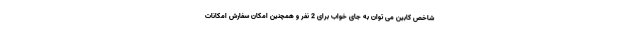
شاخص کابین می توان به جای خواب برای 2 نفر و همچنین امکان سفارش امکانات